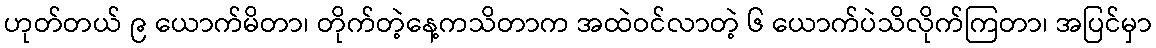
ဟုတ်တယ် ၉ ယောက်မိတာ၊ တိုက်တဲ့နေ့ကသိတာက အထဲဝင်လာတဲ့ ၆ ယောက်ပဲသိလိုက်ကြတာ၊ အပြင်မှာ